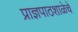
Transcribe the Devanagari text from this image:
प्राज्ञपाठशाळेचे